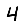
Digit: 4